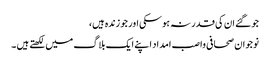
جو گئے ان کی قدر نہ ہوسکی اور جو زندہ ہیں،
نوجوان صحافی واصب امداد اپنے ایک بلاگ میں لکھتے ہیں ۔